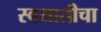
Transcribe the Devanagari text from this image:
स्वयातीचा